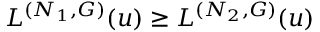
L ^ { ( N _ { 1 } , G ) } ( u ) \ge L ^ { ( N _ { 2 } , G ) } ( u )